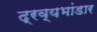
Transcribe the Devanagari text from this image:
द्रव्यभांडार